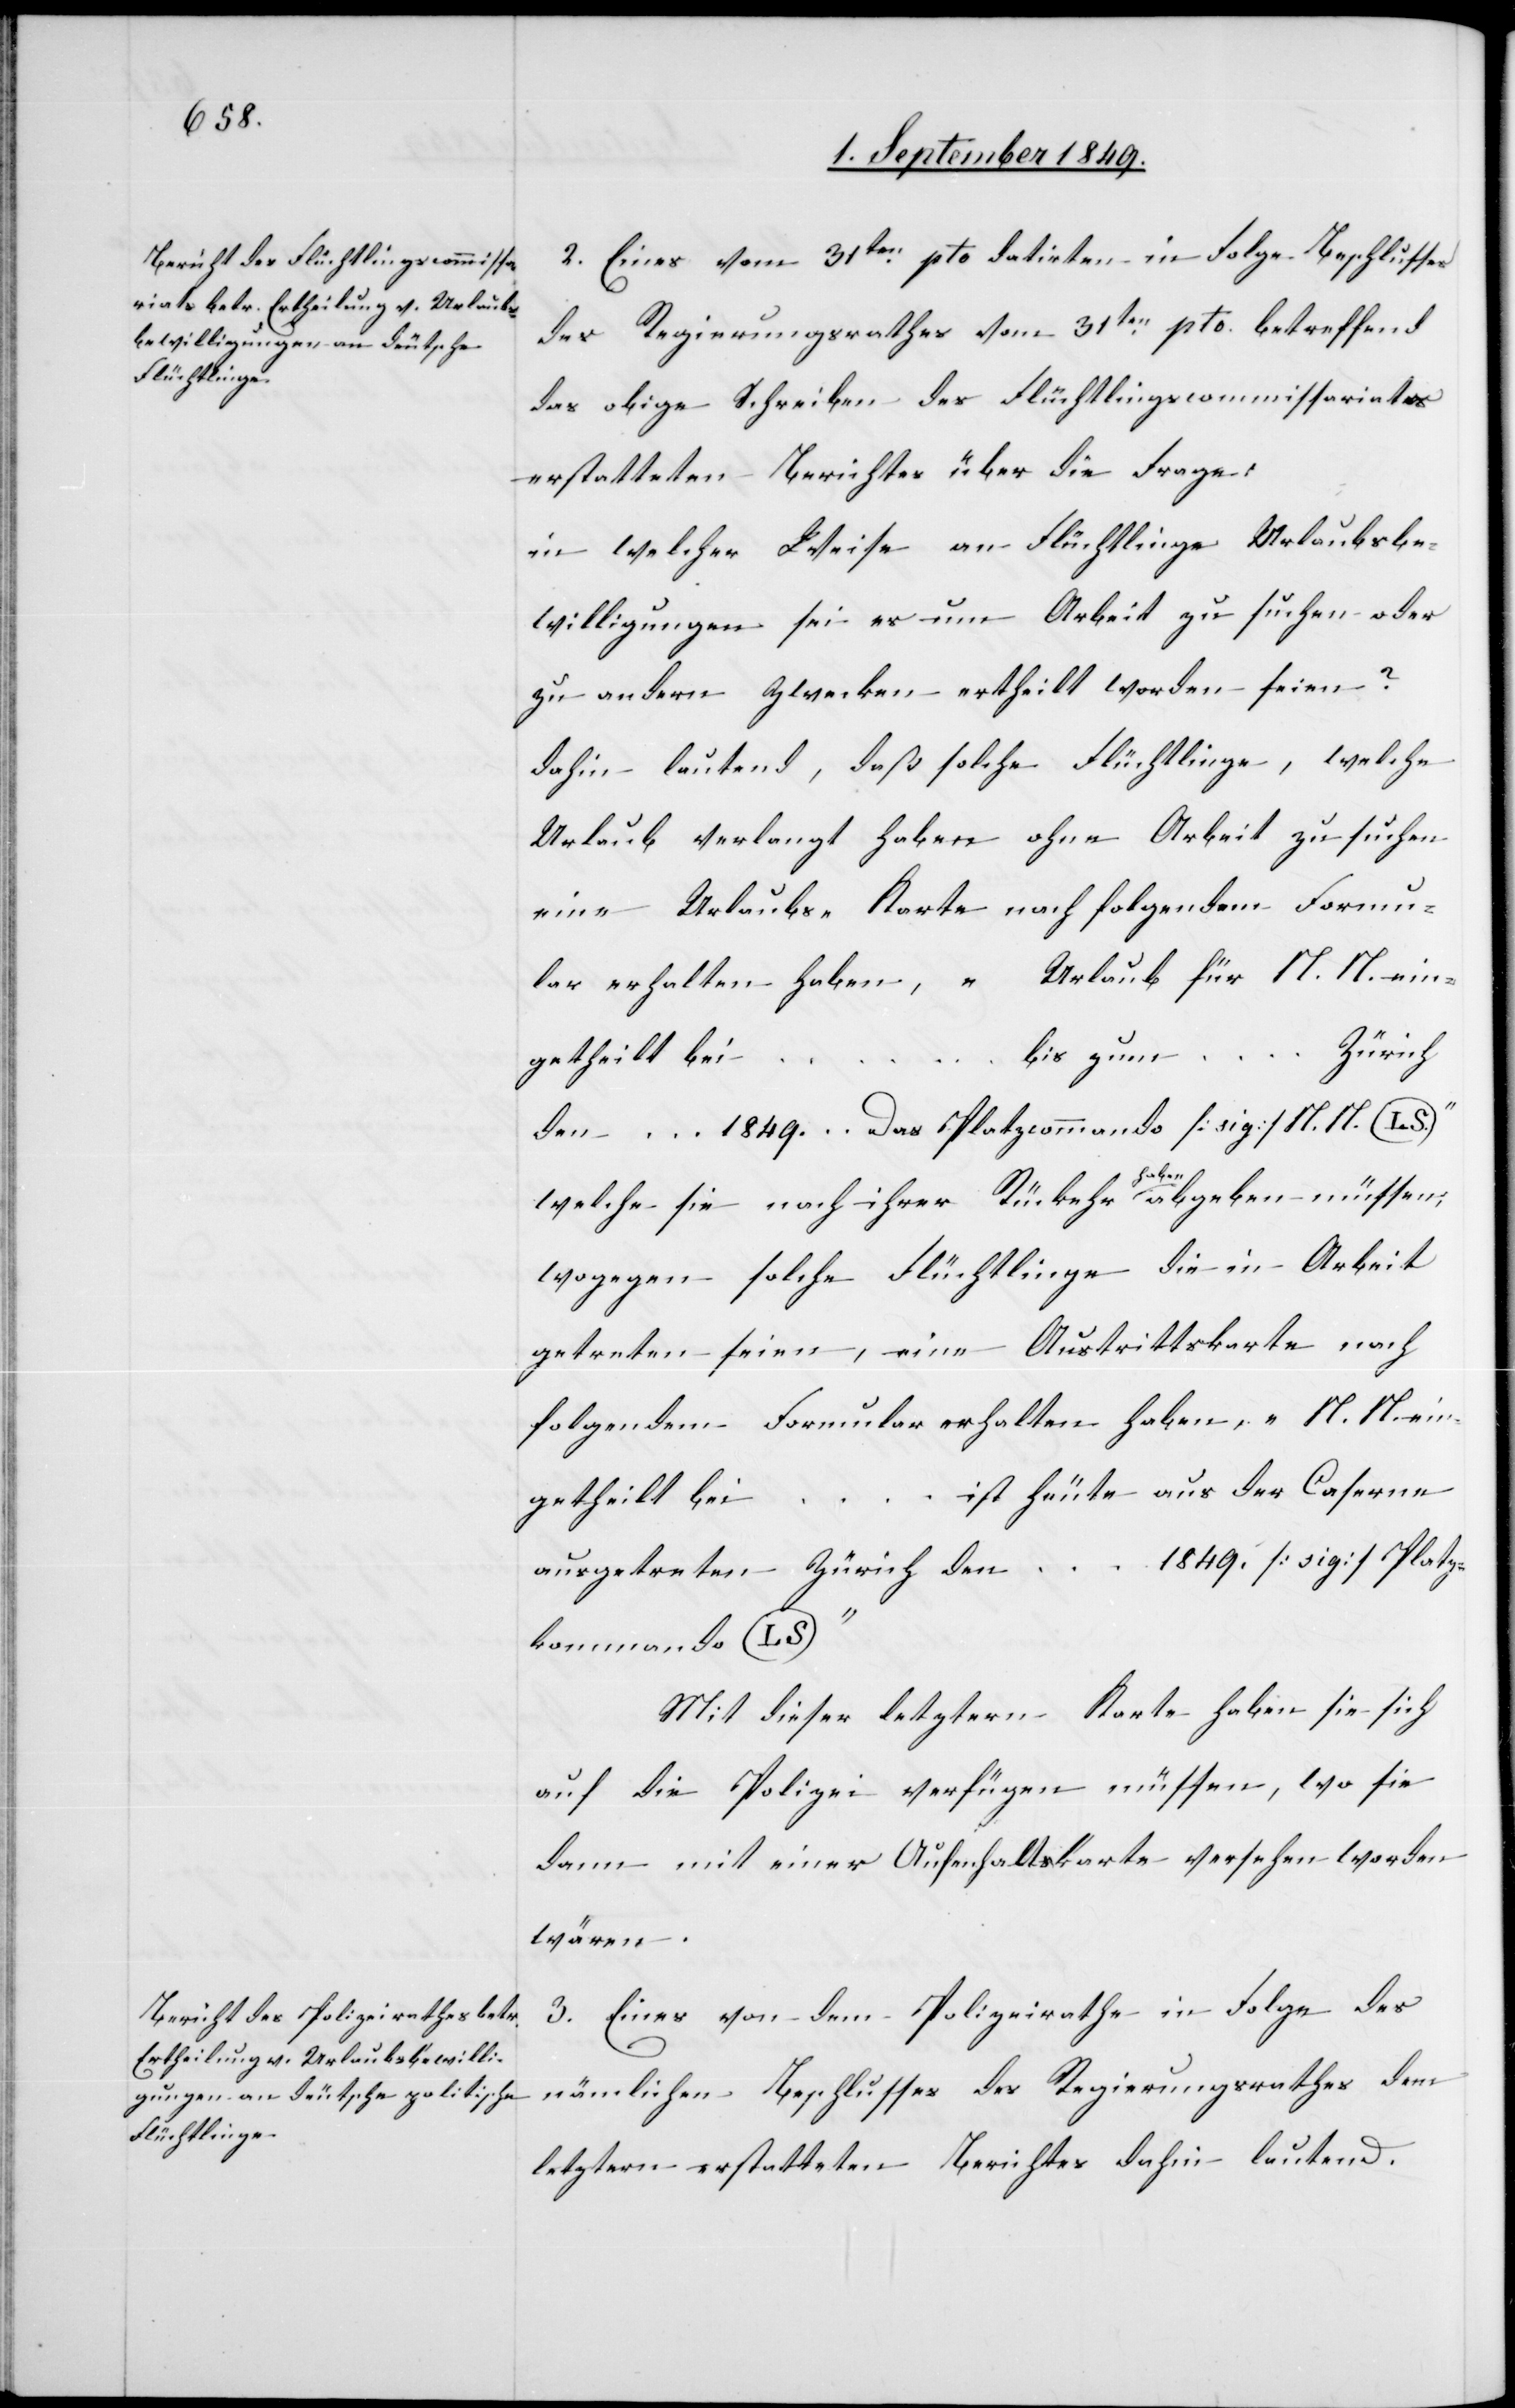
2. Eines vom 31ten pto datirten in Folge Beschlusses
des Regierungsrathes vom 31ten pto. betreffend
das obige Schreiben des Flüchtlingscommissariates
erstatteten Berichtes über die Frage:
in welcher Weise an Flüchtlinge Urlaubsbe¬
willigungen sei es um Arbeit zu suchen oder
zu andern Zwecken ertheilt worden seien?
dahin lautend, daß solche Flüchtlinge, welche
Urlaub verlangt haben ohne Arbeit zu suchen
eine Urlaubs-Karte nach folgendem Formu¬
lar erhalten haben, „Urlaub für N. N. ein¬
…
bis zum
den … 1849. Das Platzcommando [sig] N. N. L.
welche sie nach ihrer Rückkehr haben abgeben müssen,
wogegen solche Flüchtlinge die in Arbeit
getreten seien, eine Austrittskarte nach
folgendem Formular erhalten haben, „N. N. ein¬
ist heute aus der Caserne
getheilt bei
1849. [sig] Platz¬
ausgetreten – Zürich den
kommando LS“
Mit dieser letztern Karte haben sie sich
auf die Polizei verfügen müssen, wo sie
dann mit einer Aufenthaltskarte versehen worden
wären.
3. Eines von dem Polizeirathe in Folge des
nämlichen Beschlusses des Regierungsrathes dem
letztern erstatteten Berichtes dahin lautend.